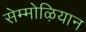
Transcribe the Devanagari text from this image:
सेम्मोऴियान